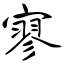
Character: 寥